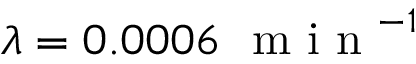
\lambda = 0 . 0 0 0 6 \ \mathrm { ~ m ~ i ~ n ~ } ^ { - 1 }